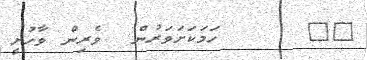
١٧      ހަމަކަށަވަރުން  ވެރިން ވާހުށީ